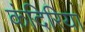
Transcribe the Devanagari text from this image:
कंदिरिया